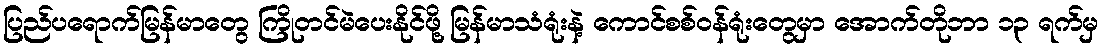
ပြည်ပရောက်မြန်မာတွေ ကြိုတင်မဲပေးနိုင်ဖို့ မြန်မာသံရုံးနဲ့ ကောင်စစ်ဝန်ရုံးတွေမှာ အောက်တိုဘာ ၁၃ ရက်မှ